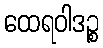
ထေရဝါဒဉ္စ